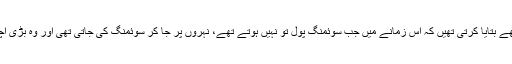
ہماری دادی مجھے بتایا کرتی تھیں کہ اُس زمانے میں جب سوئمنگ پول تو نہیں ہوتے تھے، نہروں پر جا کر سوئمنگ کی جاتی تھی اور وہ بڑی اچھی تیراک تھیں۔